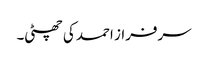
سرفراز احمد کی چھٹی۔